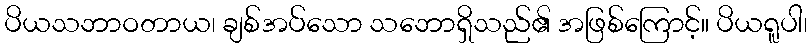
ပိယသဘာဝတာယ၊ ချစ်အပ်သော သဘောရှိသည်၏ အဖြစ်ကြောင့်။ ပိယရူပါ၊